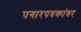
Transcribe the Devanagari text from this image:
पगारपत्रकांवर